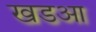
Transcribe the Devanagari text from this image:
खडआ